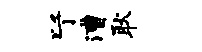
以丁漕耿